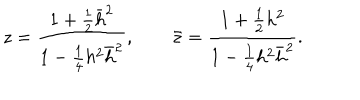
z = { \frac { 1 + { \frac { 1 } { 2 } } \bar { h } ^ { 2 } } { 1 - { \frac { 1 } { 4 } } h ^ { 2 } \bar { h } ^ { 2 } } } , \qquad \bar { z } = { \frac { 1 + { \frac { 1 } { 2 } } h ^ { 2 } } { 1 - { \frac { 1 } { 4 } } h ^ { 2 } \bar { h } ^ { 2 } } } .